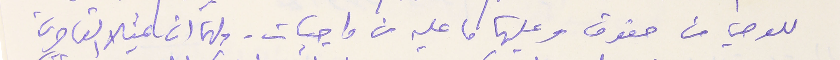
للوصي من حقوق وعليها ما عليه من واجبات. ولهما ان يمثلا القاصرين